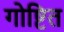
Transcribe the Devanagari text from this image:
गोष्टित